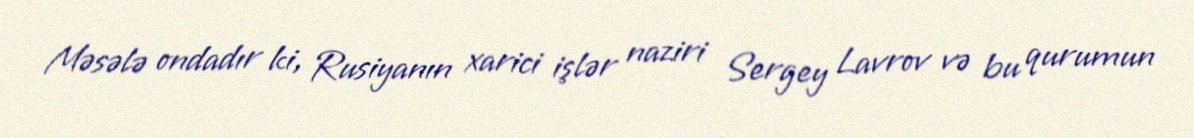
Məsələ ondadır ki, Rusiyanın xarici işlər naziri Sergey Lavrov və bu qurumun